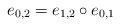
LaTeX: \begin{align*}e_{0,2}= e_{1,2} \circ e_{0,1}\end{align*}